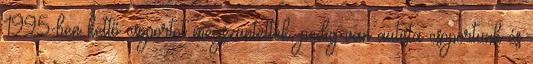
1995-ben kettő csoportot megszüntettek, pedig van autista csoportunk és